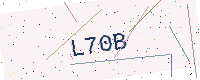
Text: L70B